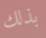
بذلك